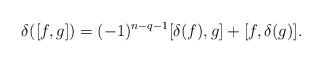
LaTeX: \begin{align*}\delta([f, g])=(-1)^{n-q-1}[\delta(f), g]+[f, \delta(g)].\end{align*}